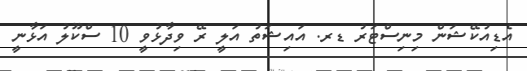
އެޑިއުކޭޝަން މިނިސްޓަރު ޑރ. އައިޝަތު އަލީ ރޭ ވިދާޅުވީ 10 ސްކޫލު އަޅާނީ